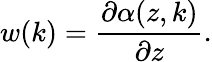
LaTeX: w(k)=\frac{\partial\alpha(z,k)}{\partial z}.